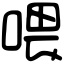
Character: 喂